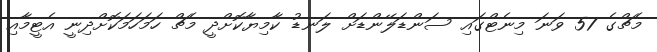
މެޗްގެ 57 ވަނަ މިނެޓްގައި ސަންޑަލޭންޑަށް ލަނޑު ކާމިޔާކޮށްދީ މެޗް ހަމަހަމަކޮށްދިނީ އެޓީމާއި